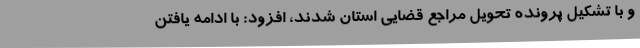
و با تشکیل پرونده تحویل مراجع قضایی استان شدند، افزود: با ادامه یافتن